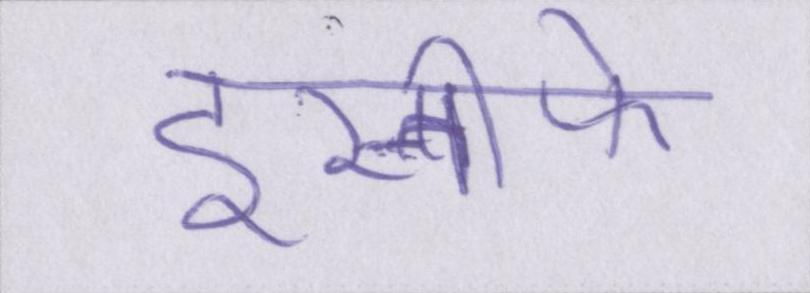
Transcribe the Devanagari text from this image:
इस्तीफे